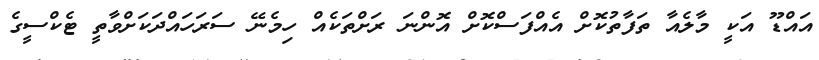
އައްޑޫ އަކީ މާލެއާ ތަފާތުކޮށް އެއްފަސްކޮށް އޮންނަ ރަށްތަކެއް ހިމެނޭ ސަރަހައްދަކަށްވާތީ ޓެކްސީގެ